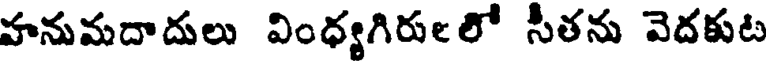
హనుమదాదులు వింధ్యగిరులలో సీతను వెదకుట